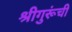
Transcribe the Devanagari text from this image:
श्रीगुरूंची